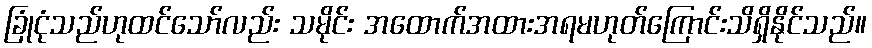
ခြုံငုံသည်ဟုထင်သော်လည်း သမိုင်း အထောက်အထားအရမဟုတ်ကြောင်းသိရှိနိုင်သည်။